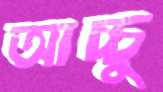
আচ্চু